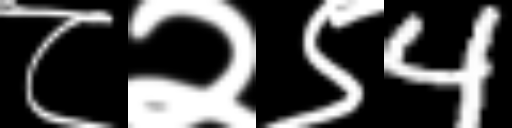
Text: ८२९4